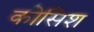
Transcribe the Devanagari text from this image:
कोसिश